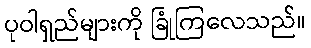
ပုဝါရှည်များကို ခြုံကြလေသည်။